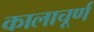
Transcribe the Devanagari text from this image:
कालाचूर्ण